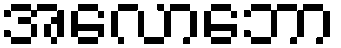
အလောဘော